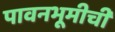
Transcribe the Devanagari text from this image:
पावनभूमीची